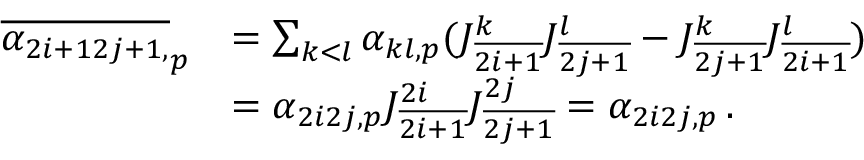
\begin{array} { r l } { \overline { { \alpha _ { 2 i + 1 2 j + 1 , } } } _ { p } } & { = \sum _ { k < l } \alpha _ { k l , p } ( J _ { \overline { { 2 i + 1 } } } ^ { k } J _ { \overline { { 2 j + 1 } } } ^ { l } - J _ { \overline { { 2 j + 1 } } } ^ { k } J _ { \overline { { 2 i + 1 } } } ^ { l } ) } \\ & { = \alpha _ { 2 i 2 j , p } J _ { \overline { { 2 i + 1 } } } ^ { 2 i } J _ { \overline { { 2 j + 1 } } } ^ { 2 j } = \alpha _ { 2 i 2 j , p } \, . } \end{array}